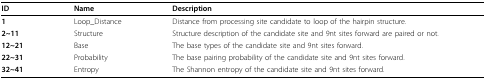
<table><thead><tr><td><b>ID</b></td><td><b>Name</b></td><td><b>Description</b></td></tr></thead><tbody><tr><td><b>1</b></td><td>Loop_Distance</td><td>Distance from processing site candidate to loop of the hairpin structure.</td></tr><tr><td><b>2~11</b></td><td>Structure</td><td>Structure description of the candidate site and 9nt sites forward are paired or not.</td></tr><tr><td><b>12~21</b></td><td>Base</td><td>The base types of the candidate site and 9nt sites forward.</td></tr><tr><td><b>22~31</b></td><td>Probability</td><td>The base pairing probability of the candidate site and 9nt sites forward.</td></tr><tr><td><b>32~41</b></td><td>Entropy</td><td>The Shannon entropy of the candidate site and 9nt sites forward.</td></tr></tbody></table>